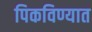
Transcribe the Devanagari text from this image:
पिकविण्यात